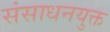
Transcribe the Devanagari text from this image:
संसाधनयुक्त